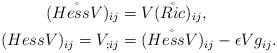
LaTeX: \begin{align*} (\mathring{Hess V})_{ij} & = V(\mathring{Ric})_{ij}, \\ (Hess V)_{ij} = V_{;ij} & = (\mathring{Hess V})_{ij} - \epsilon Vg_{ij}. \end{align*}